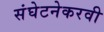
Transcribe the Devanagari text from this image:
संघेटनेकरवी